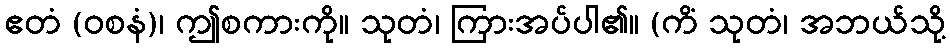
ဧတံ (ဝစနံ)၊ ဤစကားကို။ သုတံ၊ ကြားအပ်ပါ၏။ (ကိံ သုတံ၊ အဘယ်သို့